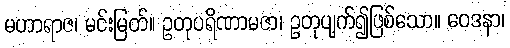
မဟာရာဇ၊ မင်းမြတ်။ ဥတုပရိဏာမဇာ၊ ဥတုပျက်၍ဖြစ်သော။ ဝေဒနာ၊